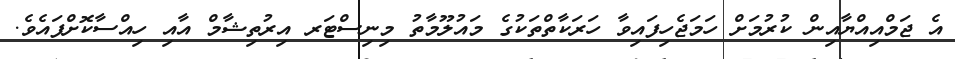
އެ ޖަމްއިއްޔާއިން ކުރުމަށް ހަމަޖެހިފައިވާ ހަރަކާތްތަކުގެ މައުލޫމާތު މިނިސްޓަރ އިރުތިޝާމް އާއި ހިއްސާކޮށްފައެވެ.